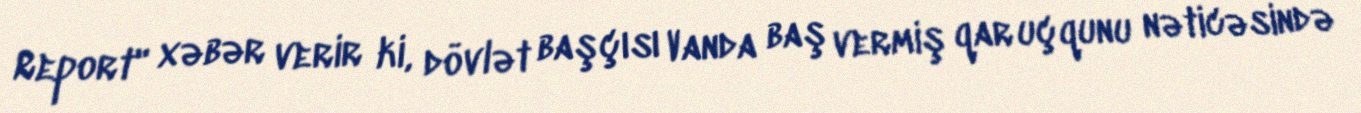
Report" xəbər verir ki, dövlət başçısı Vanda baş vermiş qar uçqunu nəticəsində